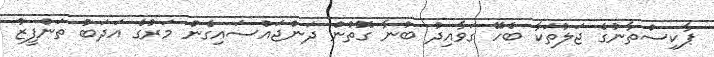
ޕާކިސްތާނުގެ ޖަލުތަކާ ބެހޭ ގަވާއިދު ބުނާ ގޮތުން ދަންޖައްސައިގެން މަރުގެ އަދަބު ތަންފީޒު